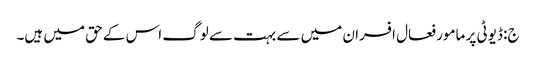
ج: ڈیوٹی پر مامور فعال افسران میں سے بہت سے لوگ اس کے حق میں ہیں۔